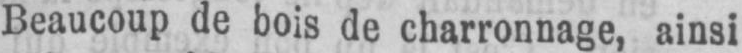
Beaucoup de bois de charronnage, ainsi